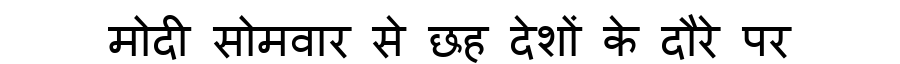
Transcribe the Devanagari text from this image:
मोदी सोमवार से छह देशों के दौरे पर